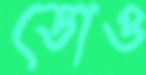
ডোও